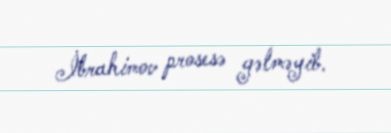
İbrahimov prosesə gəlməyib.